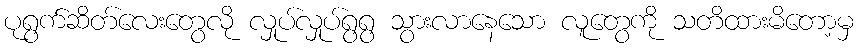
ပုရွက်ဆိတ်လေးတွေလို လှုပ်လှုပ်ရွရွ သွားလာနေသော လူတွေကို သတိထားမိတော့မှ